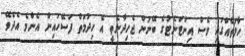
ހާލަތެއްގައި ވެސް އިންޓަނެޓުގެ ބޭނުން ޖެހިދާނެތީ އެ ހިދުމަތް ފަސޭހައިން އެންމެ އެދެވޭ